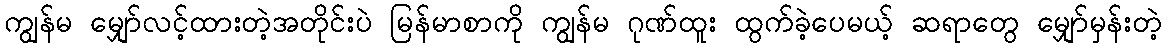
ကျွန်မ မျှော်လင့်ထားတဲ့အတိုင်းပဲ မြန်မာစာကို ကျွန်မ ဂုဏ်ထူး ထွက်ခဲ့ပေမယ့် ဆရာတွေ မျှော်မှန်းတဲ့